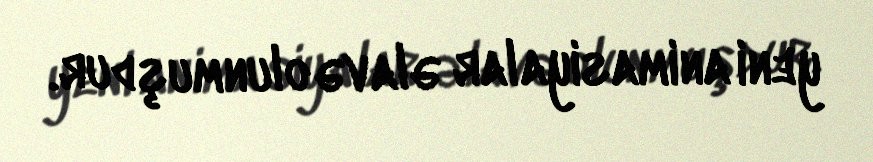
yeni animasiyalar əlavə olunmuşdur.